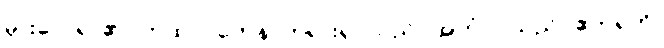
မှားလေရာ၏။ တထာဂတေန၊ ဘုရားရှင်သည်။ အဟံ၊ ငါသည်။ ဧတရဟိ၊